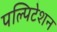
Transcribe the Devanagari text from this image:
पल्पिटेशन